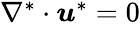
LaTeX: \begin{array}{r}{\nabla^{*}\cdot\boldsymbol{u}^{*}=0}\end{array}